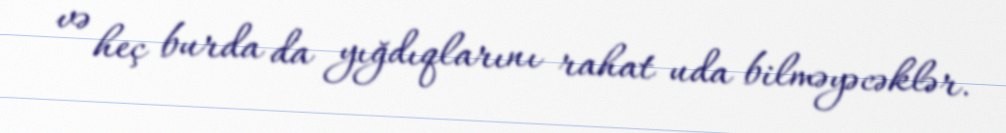
və heç burda da yığdıqlarını rahat uda bilməyəcəklər.